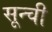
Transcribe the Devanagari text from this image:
सून्ची